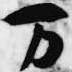
万